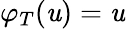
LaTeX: \varphi_{T}(\mathit{u})=\mathit{u}